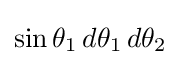
\sin \theta _{1}\,d\theta _{1}\,d\theta _{2}